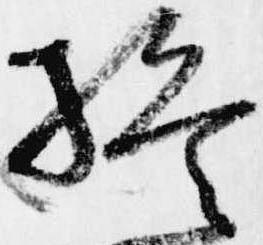
終